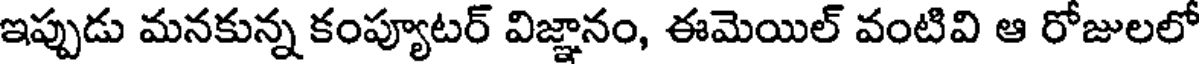
ఇప్పుడు మనకున్న కంప్యూటర్ విజ్ఞానం, ఈమెయిల్ వంటివి ఆ రోజులలో